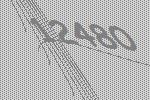
12480